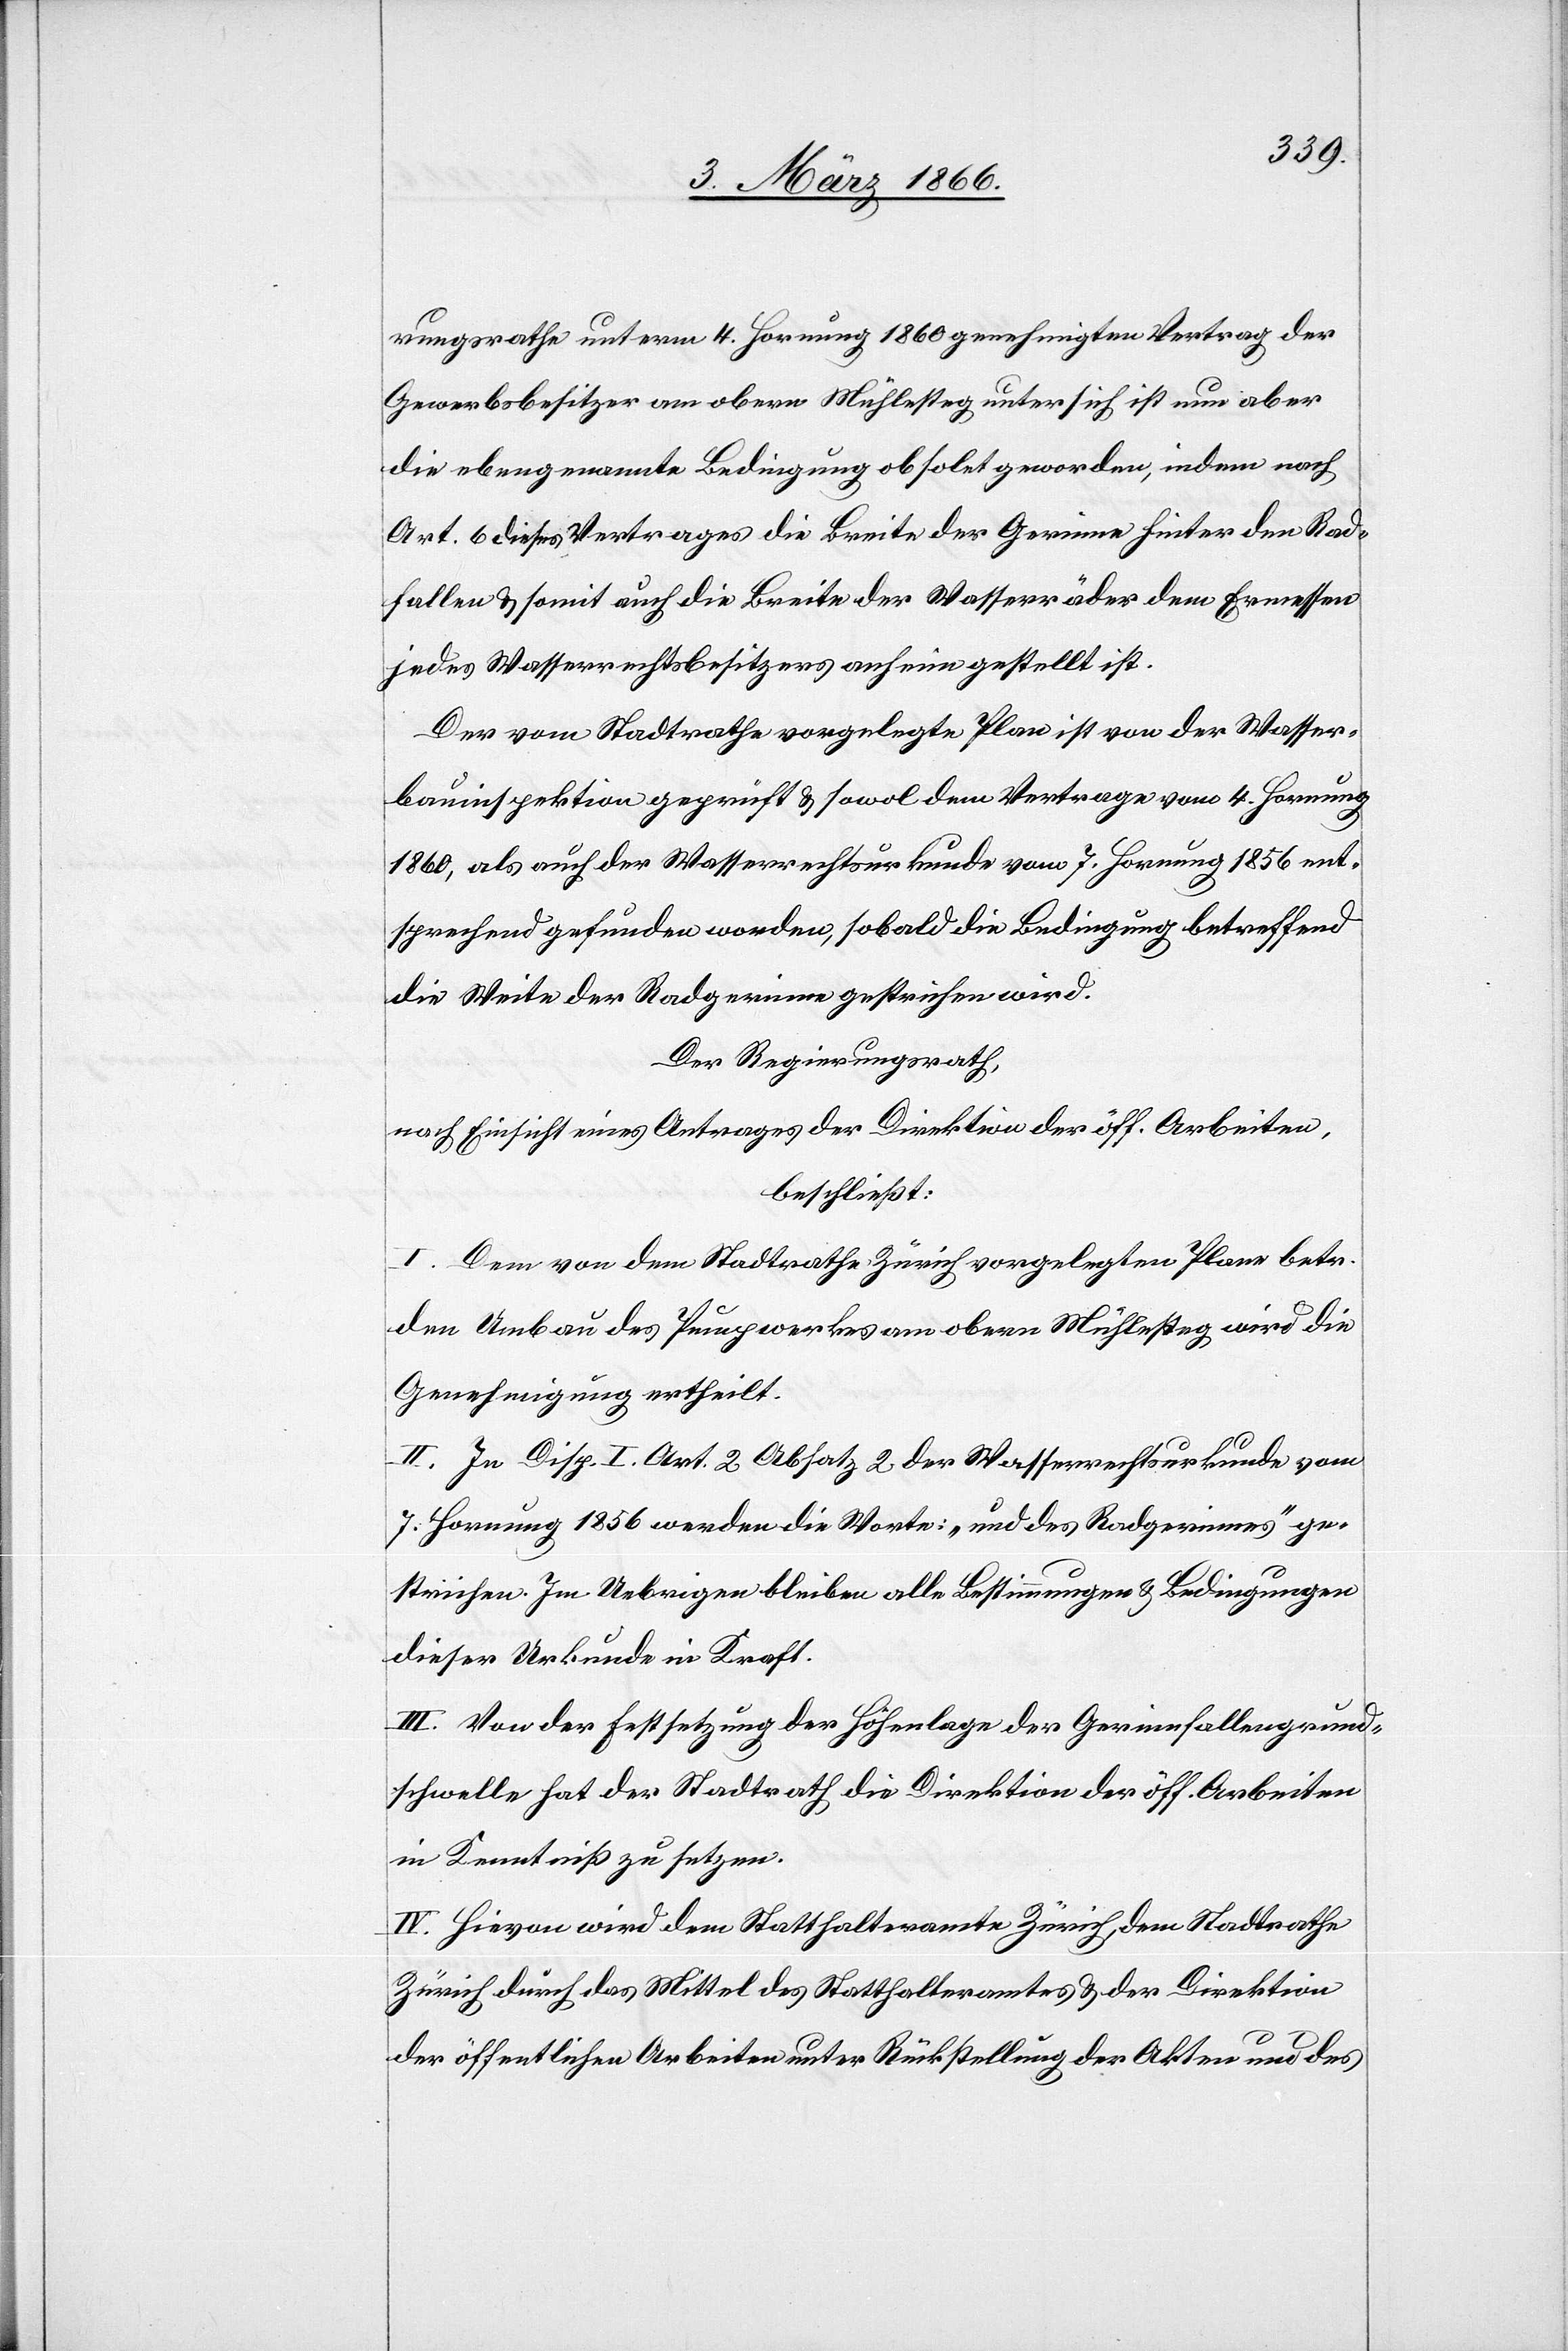
rungsrathe unterm 4. Hornung 1860 genehmigten Vertrag der
Gewerbsbesitzer am obern Mühlesteig unter sich ist nun aber
die ebengenannte Bedingung obsolet geworden, indem nach
Art. 6 dieses Vertrages die Breite der Gerinne hinter den Rad¬
fallen u. somit auch die Breite der Wasserräder dem Ermessen
jedes Wasserrechtsbesitzers anheimgestellt ist.
Der vom Stadtrathe vorgelegte Plan ist von der Wasser¬
bauinspektion geprüft u. sowol dem Vertrage vom 4. Hornung
1860, als auch der Wasserrechtsurkunde vom 7. Hornung 1856 ent¬
sprechend gefunden worden, sobald die Bedingung betreffend
die Weite der Radgerinne gestrichen ist.
Der Regierungsrath,
nach Einsicht eines Antrages der Direktion der öff. Arbeiten,
beschließt:
I. Dem von dem Stadtrathe Zürich vorgelegten Plane betr.
den Umbau des Pumpwerkes am obern Mühlesteig wird die
Genehmigung ertheilt.
II. In Disp. I Art. 2 Absatz 2 der Wasserrechtsurkunde vom
7. Hornung 1856 werden die Worte: „und des Radgerinnes“ ge¬
strichen. Im Uebrigen bleiben alle Bestimmungen u. Bedingungen
dieser Urkunde in Kraft.
III. Von der Festsetzung der Höhenlagen der Gerinnfallengrund¬
schwelle hat der Stadtrath die Direktion der öff. Arbeiten
in Kenntniß zu setzen.
IV. Hievon wird dem Statthalteramte Zürich, dem Stadtrathe
Zürich durch das Mittel des Statthalteramtes u. der Direktion
der öffentlichen Arbeiten unter Rückstellung der Akten und des